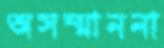
অসম্মাননা